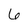
Character: 6